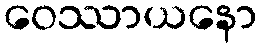
ဝေဿာယနော